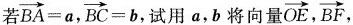
若$$\overrightarrow{BA}=a$$ ， $$\overrightarrow{BC}=b$$ ，试用a，b将向量\overrightarrow{OE}，\overrightarrow{BF}，